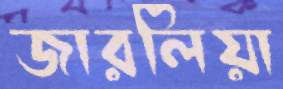
জারলিয়া